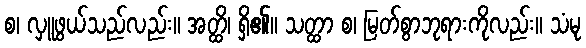
စ၊ လှူဖွယ်သည်လည်း။ အတ္ထိ၊ ရှိ၏။ သတ္ထာ စ၊ မြတ်စွာဘုရားကိုလည်း။ သံမု